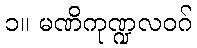
၁။ မဏိကုဏ္ဍလဝဂ်